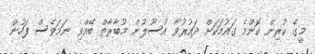
މީގެ ކުރިން ކޮންމެ ގައުމަކަށް ދައުރުވާ އުސޫލުން މުބާރާތް ބޭއްވި ނަމަވެސް ފަހުން